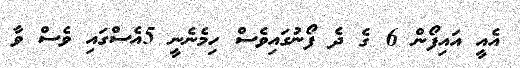
އެއީ އައިފޯން 6 ގެ ދެ ފޯނުގައިވެސް ހިމެނެނީ 5އެސްގައި ވެސް ވާ